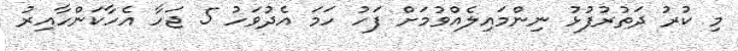
މި ކުރު ދަތުރުފުޅު ނިންމައިލެއްވުމަށް ފަހު ހަމަ އެދުވަހު 5 ޖަހާ އެހާކަންހާއިރު